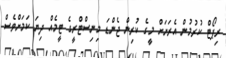
ރިޕޯޓް ކުރުމުން އެރަށަށް މީގެ ކުރިން ޖެންޑަ މިނިސްޓްރީގެ ޓީމެއް ދިޔަ ކަމަށްވެސް